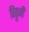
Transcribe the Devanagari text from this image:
विठुजी